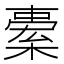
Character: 𣘯